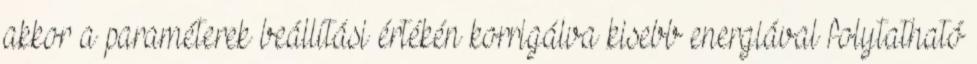
akkor a paraméterek beállítási értékén korrigálva kisebb energiával folytatható